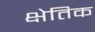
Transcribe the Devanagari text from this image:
क्षेतिक